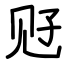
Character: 觃